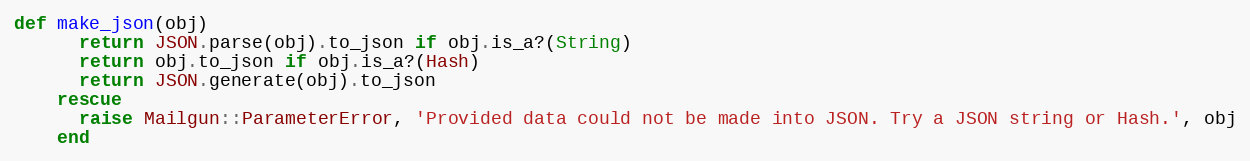
Language: Ruby
def make_json(obj)
      return JSON.parse(obj).to_json if obj.is_a?(String)
      return obj.to_json if obj.is_a?(Hash)
      return JSON.generate(obj).to_json
    rescue
      raise Mailgun::ParameterError, 'Provided data could not be made into JSON. Try a JSON string or Hash.', obj
    end